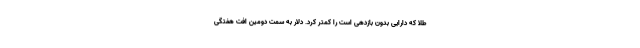
طلا که دارایی بدون بازدهی است را کمتر کرد. دلار به سمت دومین افت هفتگی